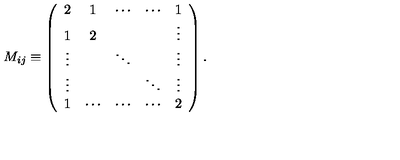
M _ { i j } \equiv \left( \begin{array} { c c c c c } { 2 } & { 1 } & { \cdots } & { \cdots } & { 1 } \\ { 1 } & { 2 } & { } & { } & { \vdots } \\ { \vdots } & { } & { \ddots } & { } & { \vdots } \\ { \vdots } & { } & { } & { \ddots } & { \vdots } \\ { 1 } & { \cdots } & { \cdots } & { \cdots } & { 2 } \\ \end{array} \right) .